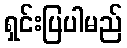
ရှင်းပြပါမည်